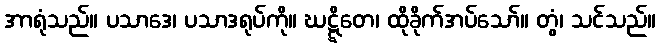
အာရုံသည်။ ပသာဒေ၊ ပသာဒရုပ်ကို။ ဃဋ္ဋိတေ၊ ထိုခိုက်အပ်သော်။ တွံ၊ သင်သည်။